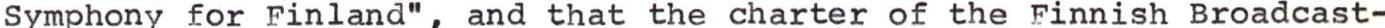
Symphony for Finland", and that the charter of the Finnish Broadcast-